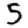
Digit: 5